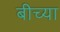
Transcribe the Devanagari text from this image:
बीच्या